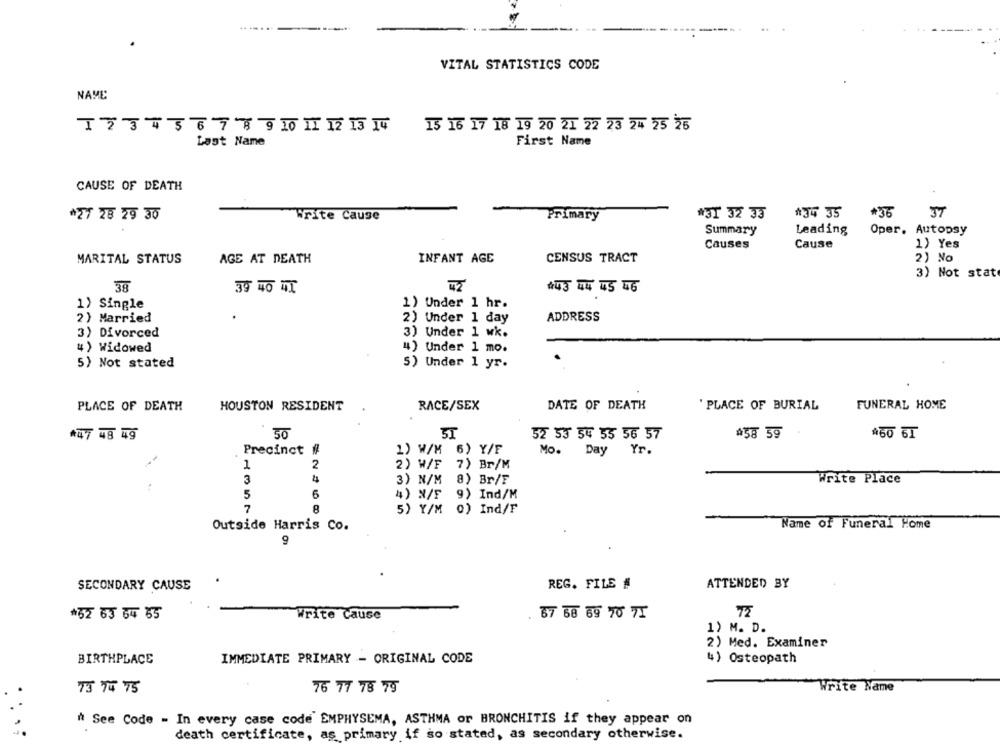
.......
VITAL STATISTICS CODE
NAME
15 16 17 18 19 20 21 22 23 24 75 25
First Name
Last Name
CAUSE OF DEATH
#31 32 33
#34 35
#36
JT
*27 28 29 30
Write Cause
Primary
Summary
Leading
Oper. Autopsy
Causes
Cause
1) Yes
MARITAL STATUS
AGE AT DEATH
INFANT AGE
CENSUS TRACT
2) No
3) Not stat
38
39 40 4T
$43 44 45 46
1> Single
1) Under 1 hr.
2) Married
2) Under 1 day
ADDRESS
3) Divorced
3) Under 1 wk.
4 ) Widowed
4) Under 1 mo.
5) Not stated
5) Under 1 yr.
PLACE OF DEATH
HOUSTON RESIDENT
RACE/SEX
DATE OF DEATH
'PLACE OF BURIAL
FUNERAL HOME
*47 48 49
50
SI
52 53 54 55 56 57
458 59
#60 6T
Precinct #
1) W/M 6) Y/F
Mo. Day Yr.
1
2
2) W/F 7) Br/M
3
4
3) N/M 8) Br/F
Write Place
5
6
4) N/F
9) Ind/M
7
5) Y/M 0) Ind/F
Outside Harris Co.
Name of Funeral Home
SECONDARY CAUSE
REG. FILE #
ATTENDED BY
*52 63 64 65
Write Cause
67 68 69 70 71
72
1) M. D.
2) Med. Examiner
BIRTHPLACE
IMMEDIATE PRIMARY - ORIGINAL CODE
4) Osteopath
73 74 75
76 77 78 79
Write Name
* See Code - In every case code' EMPHYSEMA, ASTHMA or BRONCHITIS if they appear on
death certificate, as primary if so stated, as secondary otherwise.